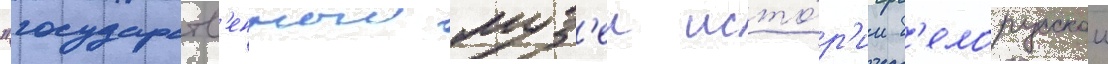
"государств'енныи муз'еи исто́р'ии б'елорусскои